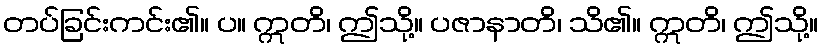
တပ်ခြင်းကင်း၏။ ပ။ ဣတိ၊ ဤသို့။ ပဇာနာတိ၊ သိ၏။ ဣတိ၊ ဤသို့။